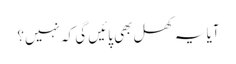
آیا یہ کھل بھی پائیں گی کہ نہیں؟